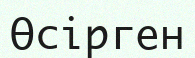
Өсірген